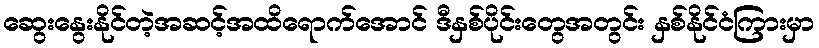
ဆွေးနွေးနိုင်တဲ့အဆင့်အထိရောက်အောင် ဒီနှစ်ပိုင်းတွေအတွင်း နှစ်နိုင်ငံကြားမှာ